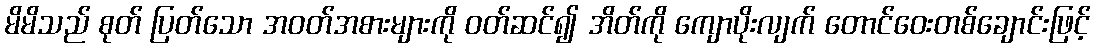
မိမိသည် စုတ် ပြတ်သော အဝတ်အစားများကို ဝတ်ဆင်၍ အိတ်ကို ကျောပိုးလျက် တောင်ဝေးတစ်ချောင်းဖြင့်